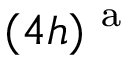
( 4 h ) ^ { \mathrm { ~ a ~ } }